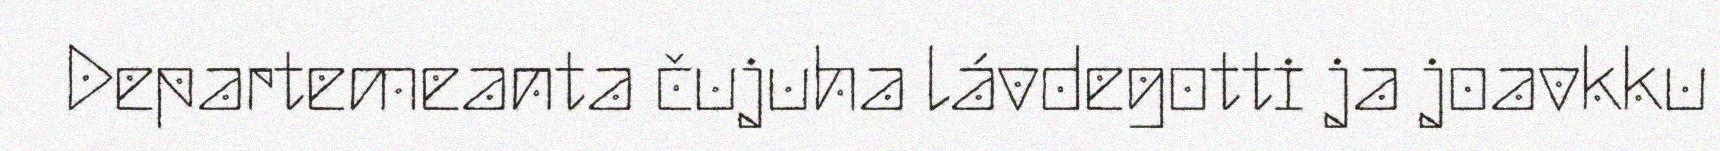
Departemeanta čujuha lávdegotti ja joavkku